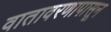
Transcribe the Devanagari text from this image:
वातावरणापासून